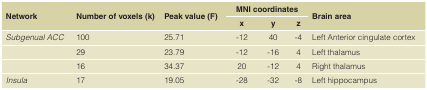
<table><thead><tr><td rowspan="2"><b>Network</b></td><td rowspan="2"><b>Number of voxels (k)</b></td><td rowspan="2"><b>Peak value (F)</b></td><td colspan="3"><b>MNI coordinates</b></td><td rowspan="2"><b>Brain area</b></td></tr><tr><td><b>x</b></td><td><b>y</b></td><td><b>z</b></td></tr></thead><tbody><tr><td><i>Subgenual ACC</i></td><td>100</td><td>25.71</td><td>-12</td><td>40</td><td>-4</td><td>Left Anterior cingulate cortex</td></tr><tr><td></td><td>29</td><td>23.79</td><td>-12</td><td>-16</td><td>4</td><td>Left thalamus</td></tr><tr><td></td><td>16</td><td>34.37</td><td>20</td><td>-12</td><td>4</td><td>Right thalamus</td></tr><tr><td><i>Insula</i></td><td>17</td><td>19.05</td><td>-28</td><td>-32</td><td>-8</td><td>Left hippocampus</td></tr></tbody></table>